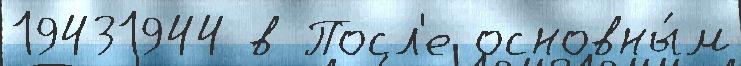
19431944 в Посл'е основны́м